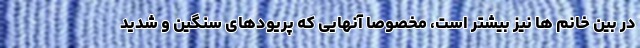
در بین خانم ها نیز بیشتر است، مخصوصا آنهایی که پریودهای سنگین و شدید